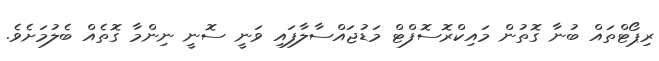
ރިޕޯޓްތައް ބުނާ ގޮތުން މައިކްރޮސޮފްޓް މަޑުޖައްސާލާފައި ވަނީ ސޮނީ ނިންމާ ގޮތެއް ބެލުމަށެވެ.